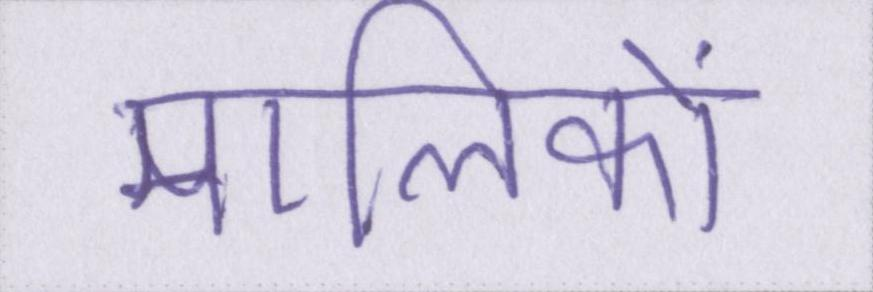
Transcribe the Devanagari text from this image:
मालिकों